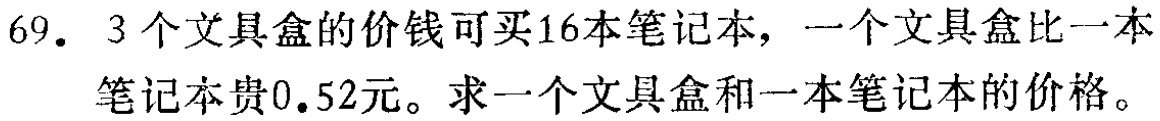
69. 3个文具盒的价钱可买16本笔记本，一个文具盒比一本笔记本贵0.52元。求一个文具盒和一本笔记本的价格。